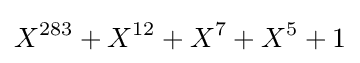
X^{283}+X^{12}+X^{7}+X^{5}+1